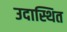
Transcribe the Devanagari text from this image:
उदास्थित